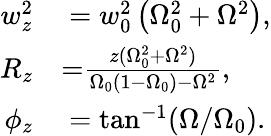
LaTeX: \begin{array}{rl}{w_{z}^{2}}&{{}=w_{0}^{2}\left(\Omega_{0}^{2}+\Omega^{2}\right),}\\ {{R_{z}}}&{{}{=}\frac{z(\Omega_{0}^{2}+\Omega^{2})}{\Omega_{0}(1-\Omega_{0})-\Omega^{2}},}\\ {\phi_{z}}&{{}=\tan^{-1}(\Omega/\Omega_{0}).}\end{array}